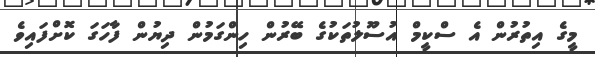
މީގެ އިތުރުން އެ ސްކީމް އުސޫލުތަކުގެ ބޭރުން ހިންގަމުން ދިޔުން ފާހަގަ ކޮށްފައިވެ